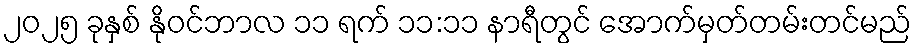
၂၀၂၅ ခုနှစ် နိုဝင်ဘာလ ၁၁ ရက် ၁၁:၁၁ နာရီတွင် အောက်မှတ်တမ်းတင်မည်